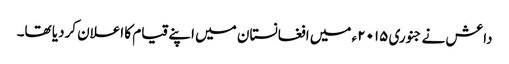
داعش نے جنوری ۲۰۱۵ء میں افغانستان میں اپنے قیام کا اعلان کردیا تھا۔